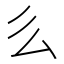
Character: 𠂓